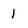
Character: 1